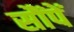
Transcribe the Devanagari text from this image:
सौंपें